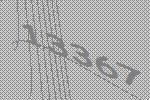
13367